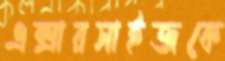
এক্সারসাইজকে